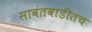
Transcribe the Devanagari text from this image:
सावंतवाडीतच